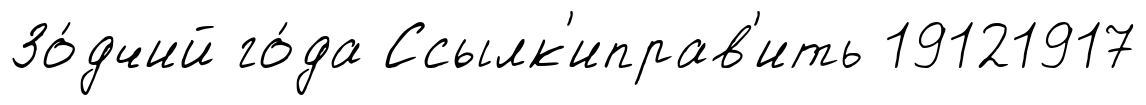
Зо́дчий го́да Ссылк'иправ'ить 19121917